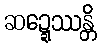
ဆဍ္ဍေဿန္တိ